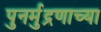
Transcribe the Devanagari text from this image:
पुनर्मुद्रणाच्या